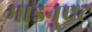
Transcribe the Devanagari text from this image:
माइनुएट